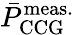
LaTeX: \bar{P}_{\mathrm{CCG}}^{\mathrm{meas.}}